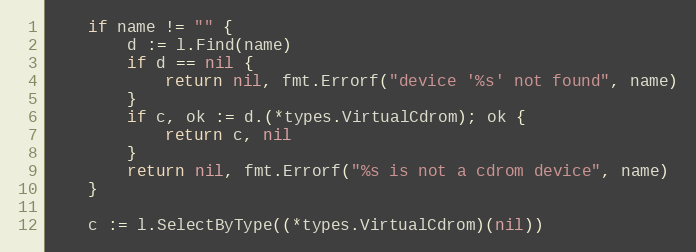
Language: Go
	if name != "" {
		d := l.Find(name)
		if d == nil {
			return nil, fmt.Errorf("device '%s' not found", name)
		}
		if c, ok := d.(*types.VirtualCdrom); ok {
			return c, nil
		}
		return nil, fmt.Errorf("%s is not a cdrom device", name)
	}

	c := l.SelectByType((*types.VirtualCdrom)(nil))